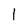
Character: 1